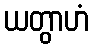
ယတွာဟံ